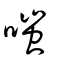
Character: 嗤